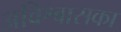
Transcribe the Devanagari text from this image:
अविश्वासका